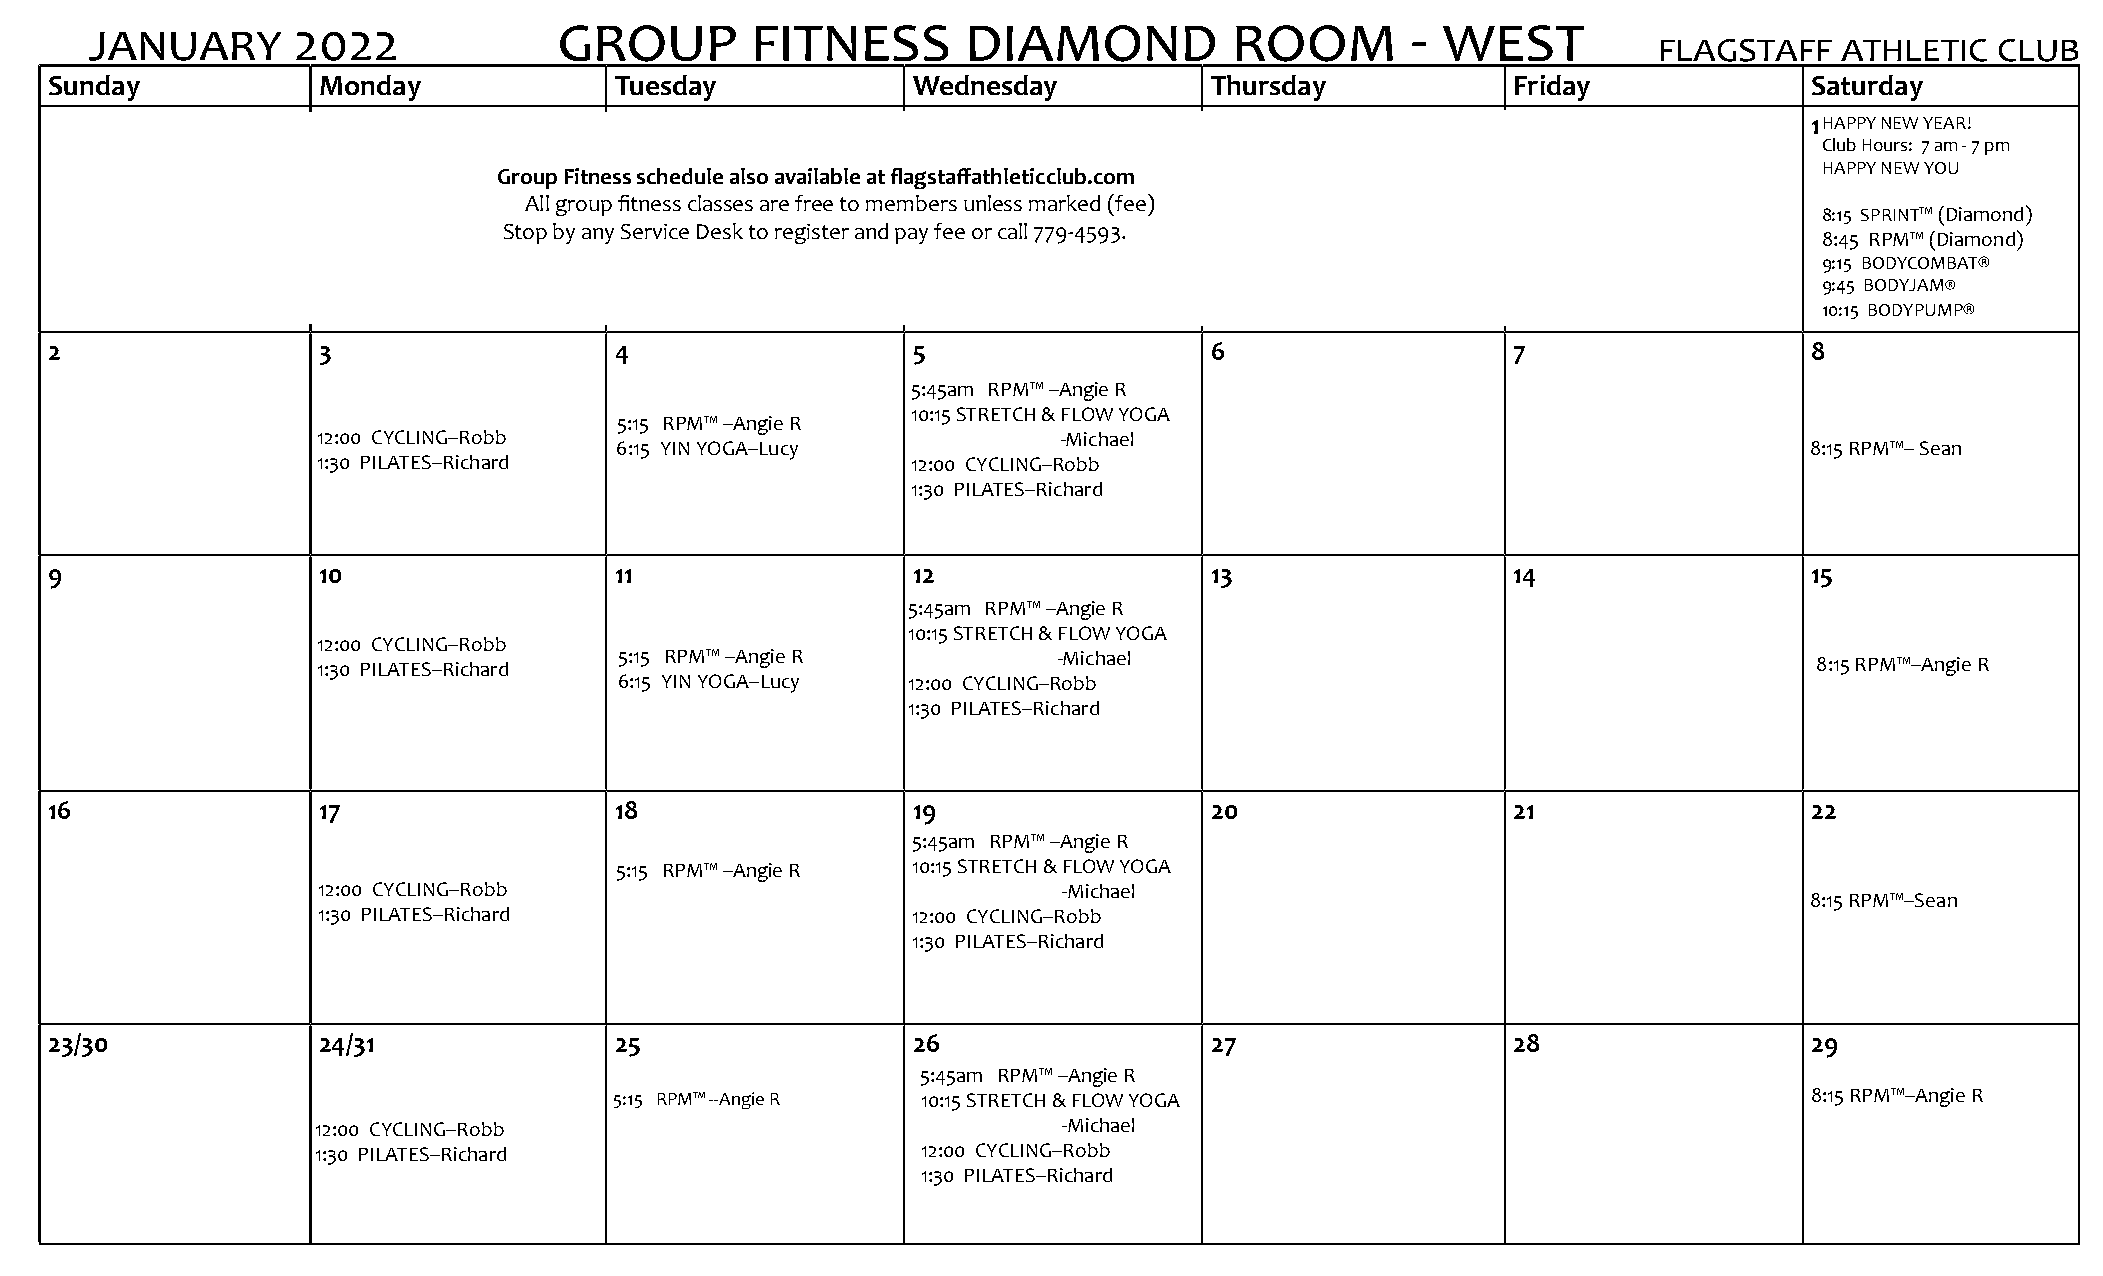
GRoUp        FITNESS       DIAMoND           RooM       - WEST
 JANUARY      2022
 FLAGSTAFF   ATHLETIC  CLUB
 Sunday            Monday              Tuesday            Wednesday           Thursday            Friday              Saturday
 1HAPPY NEW YEAR!
 Club Hours: 7 am - 7 pm
 HAPPY NEW YOU
 Group Fitness schedule also available at flagstaffathleticclub.com
 All group fitness classes are free to mem b ers unless marked (fee)
 8:15 SPRINT™ (Diamond)
 Stop by any Service Desk to register and pay fee or call 779-4593.
 8:45 RPM™ (Diamond)
 9:15 BODYCOMBAT®
 9:45 BODYJAM®
 10:15 BODYPUMP®
 2                 3                   4                  5                   6                   7                   8
 5:45am RPM™ --Angie R
 10:15 STRETCH & FLOW YOGA
 5:15 RPM™ --Angie R
 12:00 CYCLING--Robb                              -Michael
 6:15 YIN YOGA--Lucy                                                            8:15 RPM™-- Sean
 1:30 PILATES--Richard                  12:00 CYCLING--Robb
 1:30 PILATES--Richard
 9                 10                  11                 12                  13                  14                  15
 5:45am RPM™ --Angie R
 12:00 CYCLING--Robb
 10:15 STRETCH & FLOW YOGA
 1:30 PILATES--Richard 5:15 RPM™ --Angie R        -Michael                                          8:15 RPM™--Angie R
 6:15 YIN YOGA--Lucy 12:00 CYCLING--Robb
 1:30 PILATES--Richard
 16                17                  18                 19                  20                  21                  22
 5:45am RPM™ --Angie R
 5:15 RPM™ --Angie R 10:15 STRETCH & FLOW YOGA
 12:00 CYCLING--Robb                              -Michael
 8:15 RPM™--Sean
 1:30 PILATES--Richard                  12:00 CYCLING--Robb
 1:30 PILATES--Richard
 23/30             24/31               25                 26                  27                  28                  29
 5:45am RPM™ --Angie R
 5:15 RPM™ --Angie R 10:15 STRETCH & FLOW YOGA                                  8:15 RPM™--Angie R
 12:00 CYCLING--Robb                              -Michael
 1:30 PILATES--Richard                   12:00 CYCLING--Robb
 1:30 PILATES--Richard